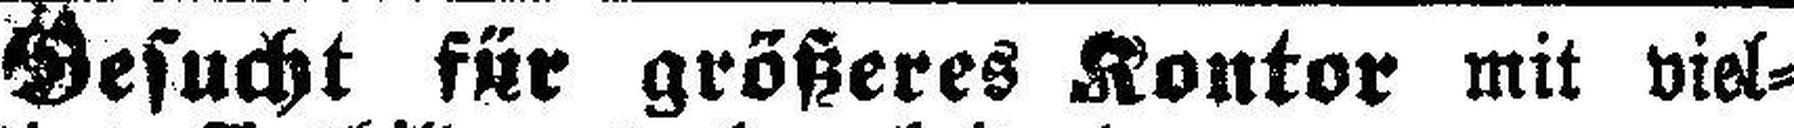
Gesucht für größeres Kontor mit viel¬